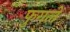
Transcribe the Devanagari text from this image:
फुगले